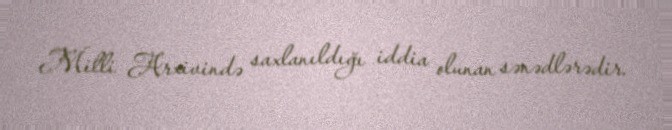
Milli Arxivində saxlanıldığı iddia olunan sənədlərədir.